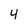
Character: 4